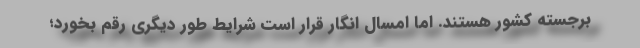
برجسته کشور هستند. اما امسال انگار قرار است شرایط طور دیگری رقم بخورد؛